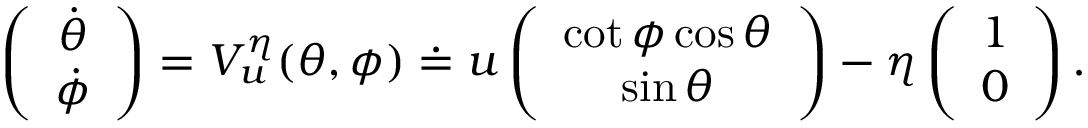
\left( \begin{array} { c } { \dot { \theta } } \\ { \dot { \phi } } \end{array} \right) = V _ { u } ^ { \eta } ( \theta , \phi ) \doteq u \left( \begin{array} { c } { \cot \phi \cos \theta } \\ { \sin \theta } \end{array} \right) - \eta \left( \begin{array} { c } { 1 } \\ { 0 } \end{array} \right) .